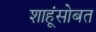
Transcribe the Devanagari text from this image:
शाहूंसोबत